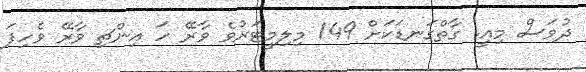
ދުވަސް މިއީ. ގާތްގަނޑަކަށް 149 މިލިމީޓަރުވެ ވާރޭ ހަ އިންޗި ވާރޭ ވެހިފަ